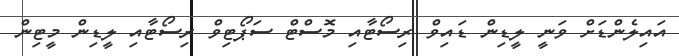
އައިލެންޑަށް ވަނީ ލީޑިން ޑައިވް ރިސޯޓާއި މޮސްޓް ސަޕޯޓިވް ރިސޯޓާއި ލީޑިން މީޓިން